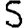
Digit: 5